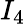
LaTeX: I_{4}